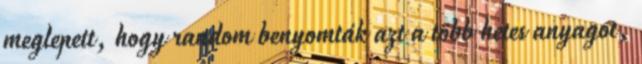
meglepett, hogy random benyomták azt a több hetes anyagot,